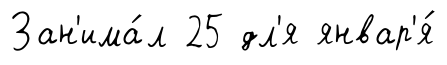
Зан'има́л 25 дл'я январ'я́